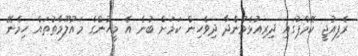
ރެފިއުޖީ ކޭމްޕުގައި ދިރިއުޅެމުންދާ ދިވެހިން ކަމަށް ބުނެ އެ މީހުންގެ މައުލޫމާތުތައް ހިމެނޭ